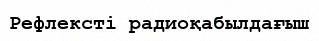
Рефлексті радиоқабылдағыш